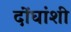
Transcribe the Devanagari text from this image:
दोंघांशी